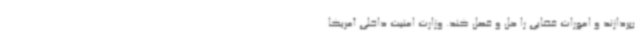
بپردازند و امورات قضایی را حل و فصل کند. وزارت امنیت داخلی آمریکا